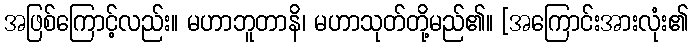
အဖြစ်ကြောင့်လည်း။ မဟာဘူတာနိ၊ မဟာသုတ်တို့မည်၏။ [အကြောင်းအားလုံး၏